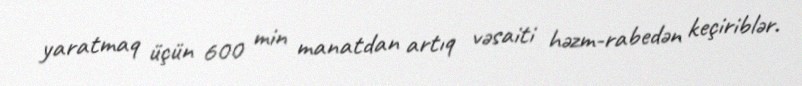
yaratmaq üçün 600 min manatdan artıq vəsaiti həzm-rabedən keçiriblər.